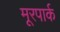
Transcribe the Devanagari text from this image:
मूरपार्क